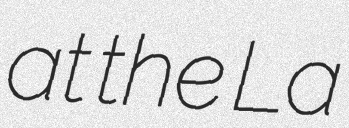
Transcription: at the La